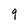
Character: 9